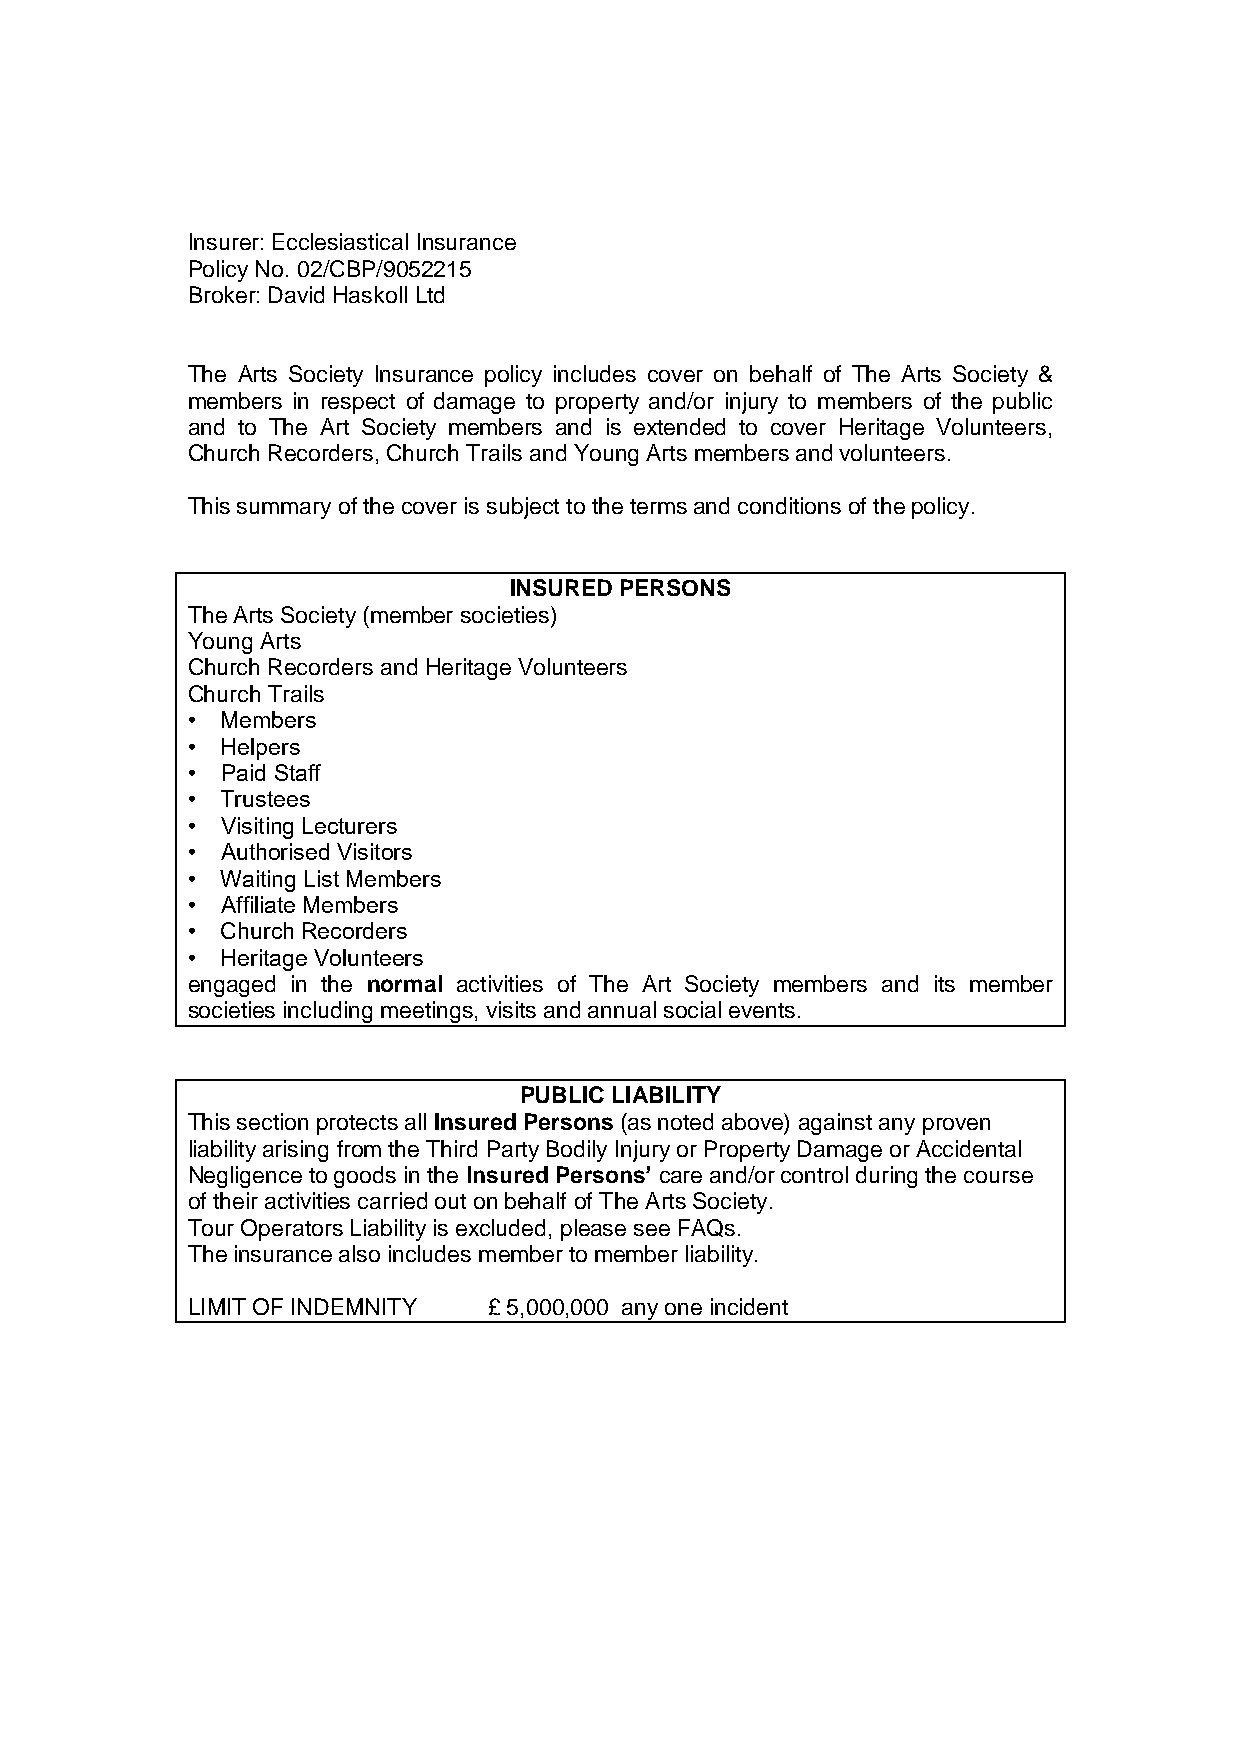
Insurer: Ecclesiastical Insurance
 Policy No. 02/CBP/9052215
 Broker: David Haskoll Ltd
 The Arts Society Insurance policy includes cover on behalf of The Arts Society &
 members in respect of damage to property and/or injury to members of the public
 and to The Art Society members and is extended to cover Heritage Volunteers,
 Church Recorders, Church Trails and Young Arts members and volunteers.
 This summary of the cover is subject to the terms and conditions of the policy.
 INSURED PERSONS
 The Arts Society (member societies)
 Young Arts
 Church Recorders and Heritage Volunteers
 Church Trails
 •  Members
 •  Helpers
 •  Paid Staff
 •  Trustees
 •  Visiting Lecturers
 •  Authorised Visitors
 •  Waiting List Members
 •  Affiliate Members
 •  Church Recorders
 •  Heritage Volunteers
 engaged in the normal activities of The Art Society members and its member
 societies including meetings, visits and annual social events.
 PUBLIC LIABILITY
 This section protects all Insured Persons (as noted above) against any proven
 liability arising from the Third Party Bodily Injury or Property Damage or Accidental
 Negligence to goods in the Insured Persons’ care and/or control during the course
 of their activities carried out on behalf of The Arts Society.
 Tour Operators Liability is excluded, please see FAQs.
 The insurance also includes member to member liability.
 LIMIT OF INDEMNITY  £ 5,000,000 any one incident